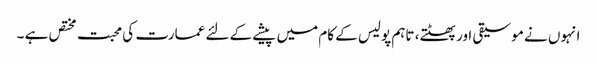
انہوں نے موسیقی اور پھٹتے، تاہم پولیس کے کام میں پیشے کے لئے عمارت کی محبت مختص ہے ۔